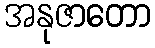
အနုဇာတော